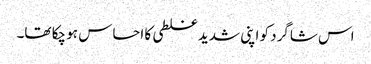
اس شاگرد کو اپنی شدید غلطی کا احساس ہو چکا تھا۔